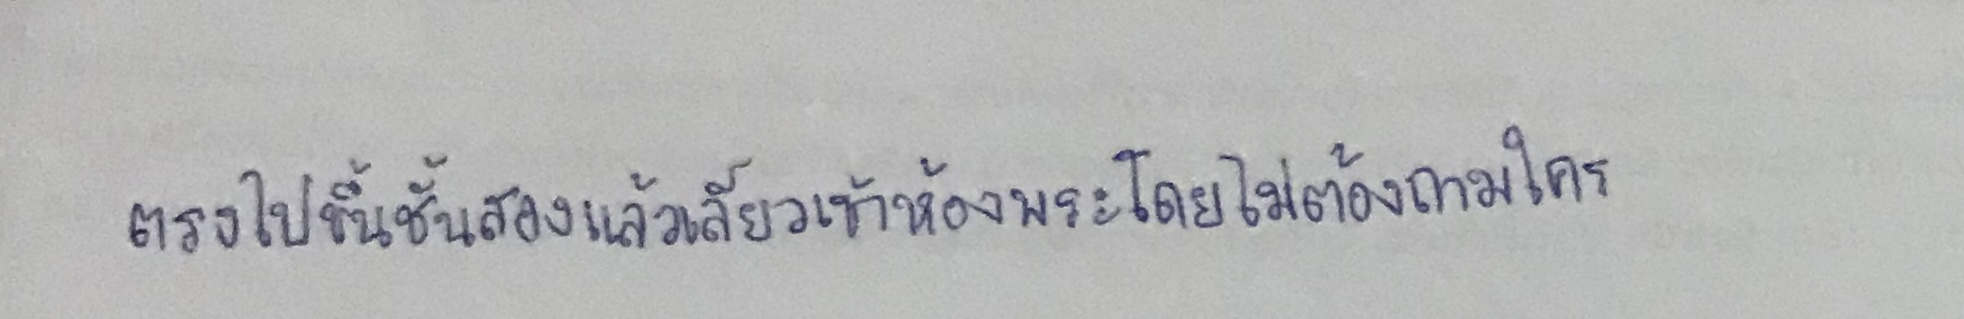
ตรงไปขึ้นชั้นสองแล้วเลี้ยวเข้าห้องพระโดยไม่ต้องถามใคร